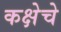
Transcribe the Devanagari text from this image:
कक्षेचे